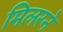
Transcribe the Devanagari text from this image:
मिलरने